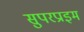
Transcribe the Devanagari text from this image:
सुपरप्राइम